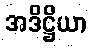
အဒိဋ္ဌိယာ